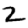
Digit: 2